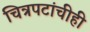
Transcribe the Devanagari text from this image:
चित्रपटांचीही